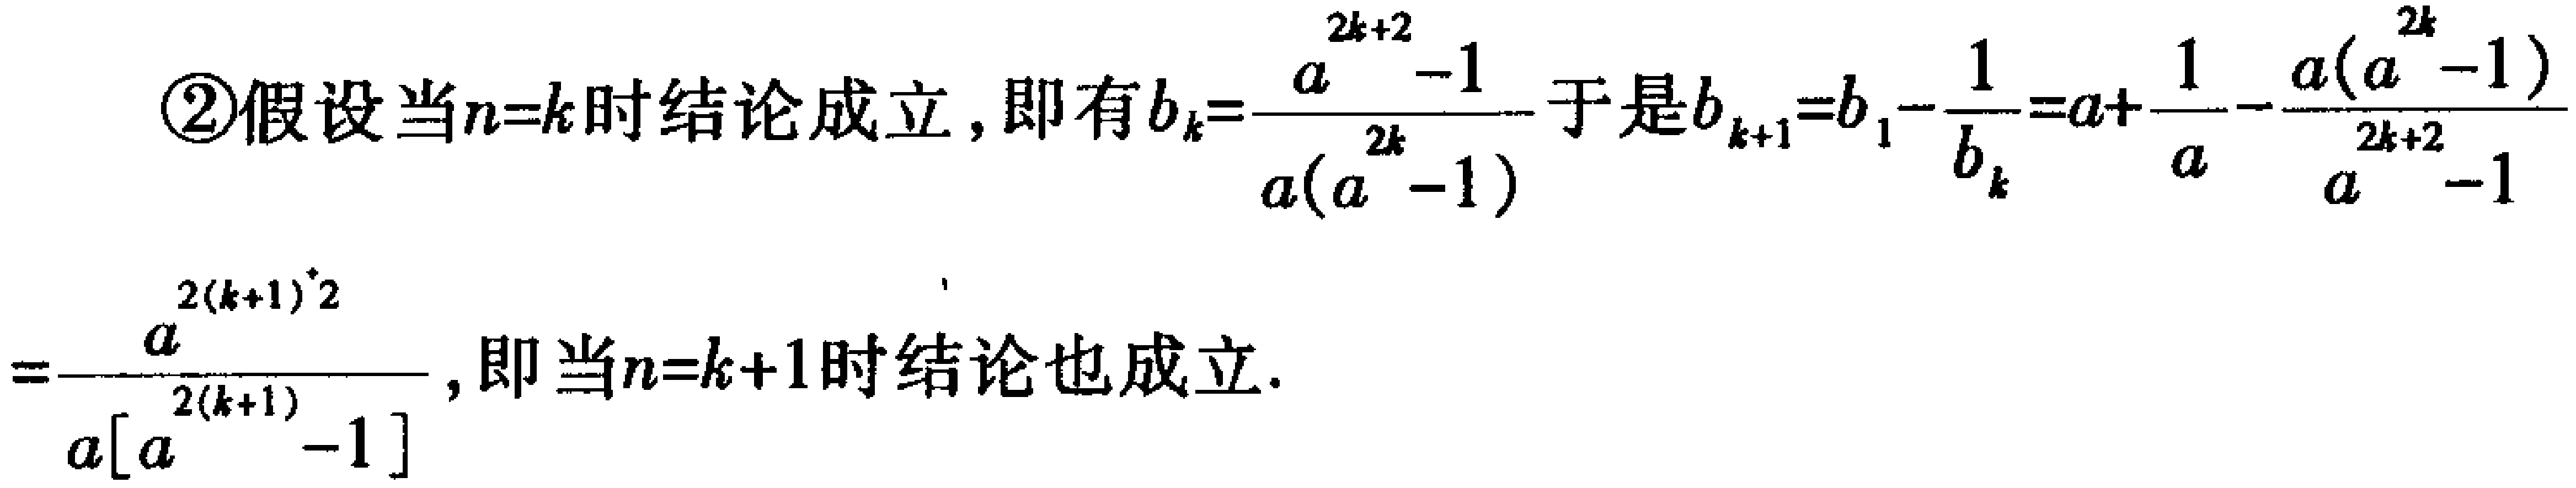
\begin{align*}
&\textcircled{2}\text{假设当}n = k\text{时结论成立，即有}b_{k}=\frac{a^{2k + 2}-1}{a(a^{2k}-1)}\text{于是}b_{k + 1}=b_{1}-\frac{1}{b_{k}}=a+\frac{1}{a}-\frac{a(a^{2k}-1)}{a^{2k + 2}-1}\\
&=\frac{a^{2(k + 1)^{2}}}{a[a^{2(k + 1)}-1]},\text{即当}n = k + 1\text{时结论也成立}.
\end{align*}